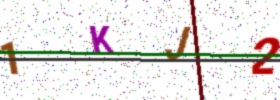
Text: 1KJ2